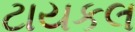
ટાયકલ